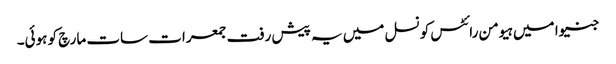
جنیوا میں ہیومن رائٹس کونسل میں یہ پیش رفت جمعرات سات مارچ کو ہوئی۔